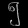
Digit: ၅